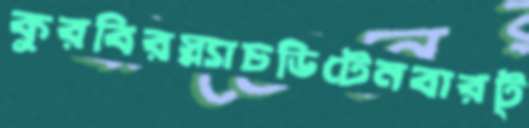
কুরবিরস্ন্যাচডিটেনবারট্